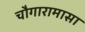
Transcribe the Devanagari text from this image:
चौगारामासा